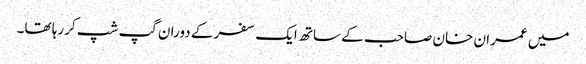
میں عمران خان صاحب کے ساتھ ایک سفر کے دوران گپ شپ کررہا تھا۔